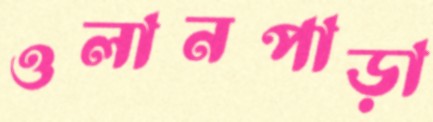
ওলানপাড়া